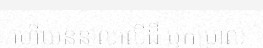
ហើយននាលលើដី ឬកម្រាល